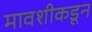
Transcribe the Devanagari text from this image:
मावशीकडून